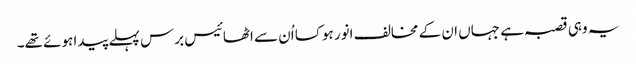
یہ وہی قصبہ ہے جہاں ان کے مخالف انور ہوکسا اُن سے اٹھائیس برس پہلے پیدا ہوئے تھے۔